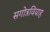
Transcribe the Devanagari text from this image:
सगोत्रविवाह